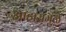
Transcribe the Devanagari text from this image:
आहारामुळे